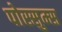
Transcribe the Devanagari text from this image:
पोस्सुम्स